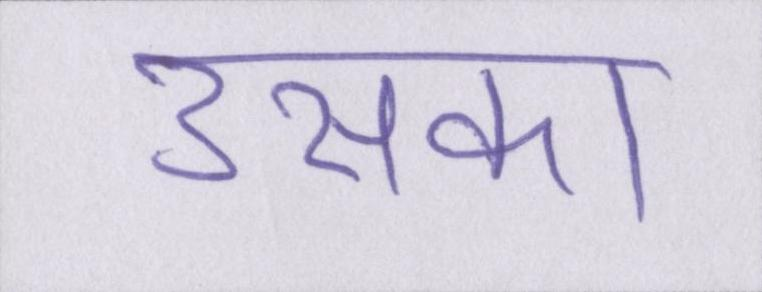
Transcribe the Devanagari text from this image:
उसका